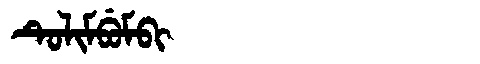
Manchu: ᡨᡠᠯᡳᠮᠪᡠᠮᠪᡳ
Romanization: TULIMBUMBI